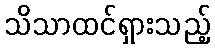
သိသာထင်ရှားသည့်